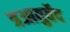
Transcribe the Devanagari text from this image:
त्रआयुर्वेद